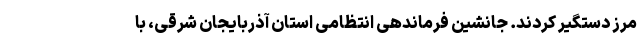
مرز دستگیر کردند. جانشین فرماندهی انتظامی استان آذربایجان شرقی، با